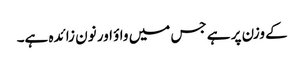
کے وزن پر ہے جس میں واؤ اور نون زائدہ ہے۔